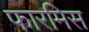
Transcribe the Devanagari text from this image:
फारमिस